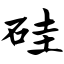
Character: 硅